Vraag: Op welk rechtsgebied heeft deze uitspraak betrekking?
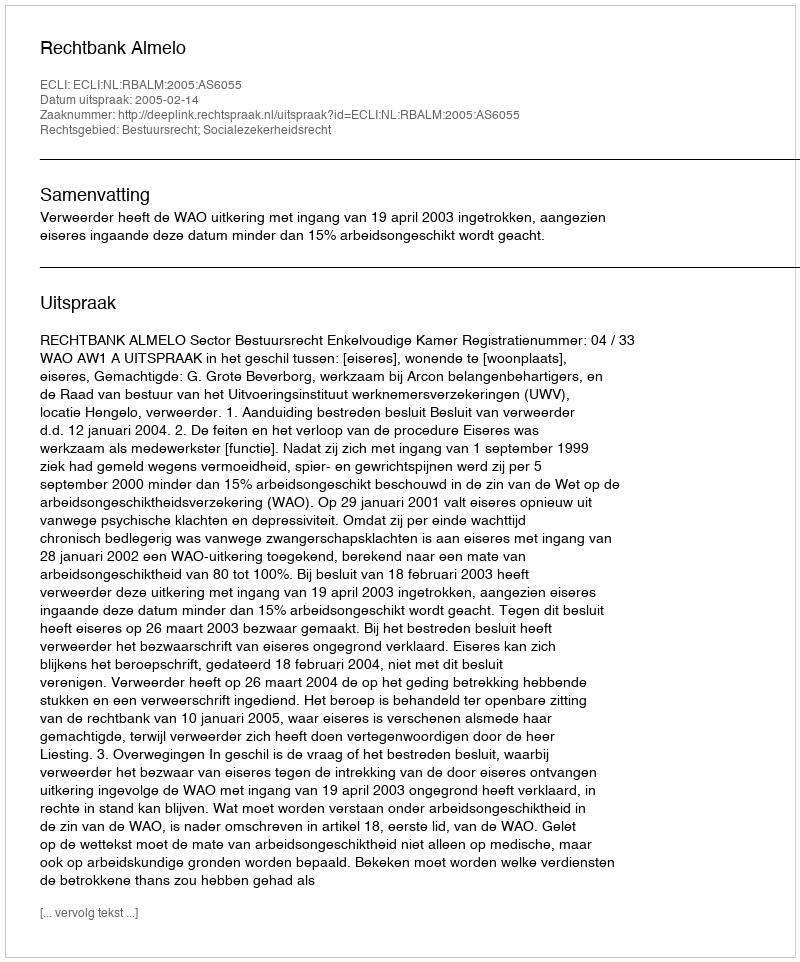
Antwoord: Bestuursrecht; Socialezekerheidsrecht